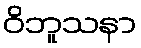
ဝိဘူသနာ